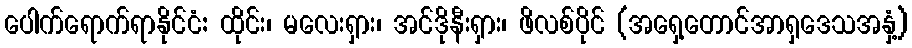
ပေါက်ရောက်ရာနိုင်ငံ: ထိုင်း၊ မလေးရှား၊ အင်ဒိုနီးရှား၊ ဖိလစ်ပိုင် (အရှေ့တောင်အာရှဒေသအနှံ့)